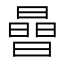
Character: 𪱈